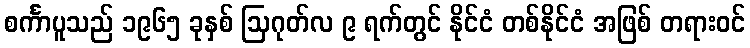
စင်္ကာပူသည် ၁၉၆၅ ခုနှစ် ဩဂုတ်လ ၉ ရက်တွင် နိုင်ငံ တစ်နိုင်ငံ အဖြစ် တရားဝင်